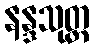
နန္ဒသုတ္တ